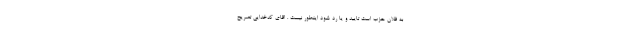
به فلان حزب است تایید و یا رد شود اینطور نیست . اقای کدخدایی تصریح